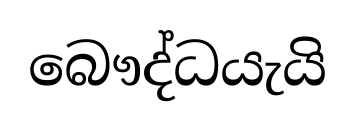
බෞද්ධයැයි